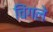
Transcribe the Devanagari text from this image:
चिंगले